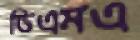
ডিএমএ